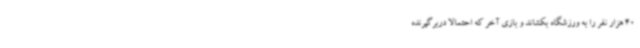
40 هزار نفر را به ورزشگاه بکشاند و بازی آخر که احتمالا دربرگیرنده